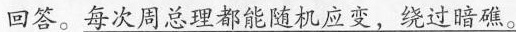
回答。\underline{每次周总理都能随机应变，绕过暗礁。}